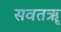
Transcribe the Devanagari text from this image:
सवतॠ